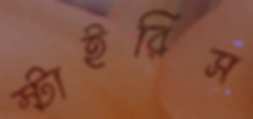
স্টাইরিস